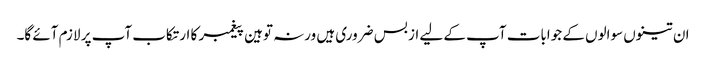
ان تینوں سوالوں کے جوابات آپ کے لیے از بس ضروری ہیں ورنہ توہین پیغمبر کا ارتکاب آپ پر لازم آئے گا۔